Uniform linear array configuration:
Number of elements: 48
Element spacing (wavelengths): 0.5
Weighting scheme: kaiser
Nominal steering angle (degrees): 60
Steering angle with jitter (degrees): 59.586
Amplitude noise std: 0.05
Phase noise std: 0.05

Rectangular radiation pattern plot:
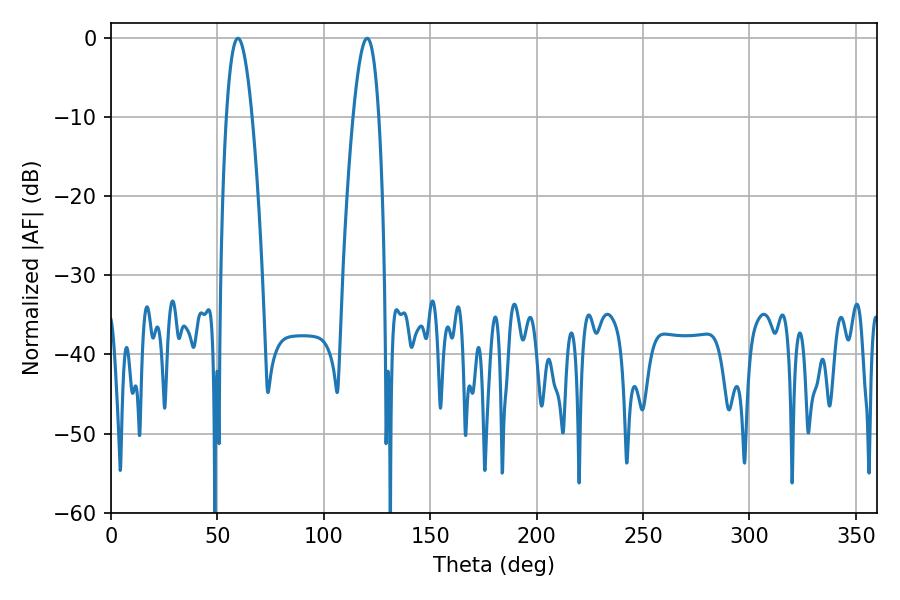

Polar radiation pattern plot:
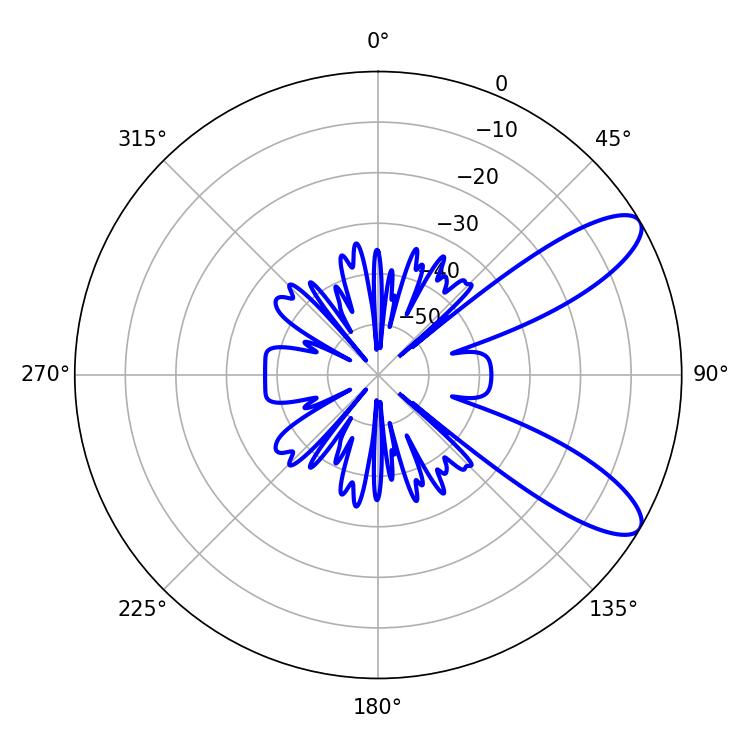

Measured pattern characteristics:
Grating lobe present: FALSE
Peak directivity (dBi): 9.664
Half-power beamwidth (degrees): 6.66
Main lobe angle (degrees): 59.58